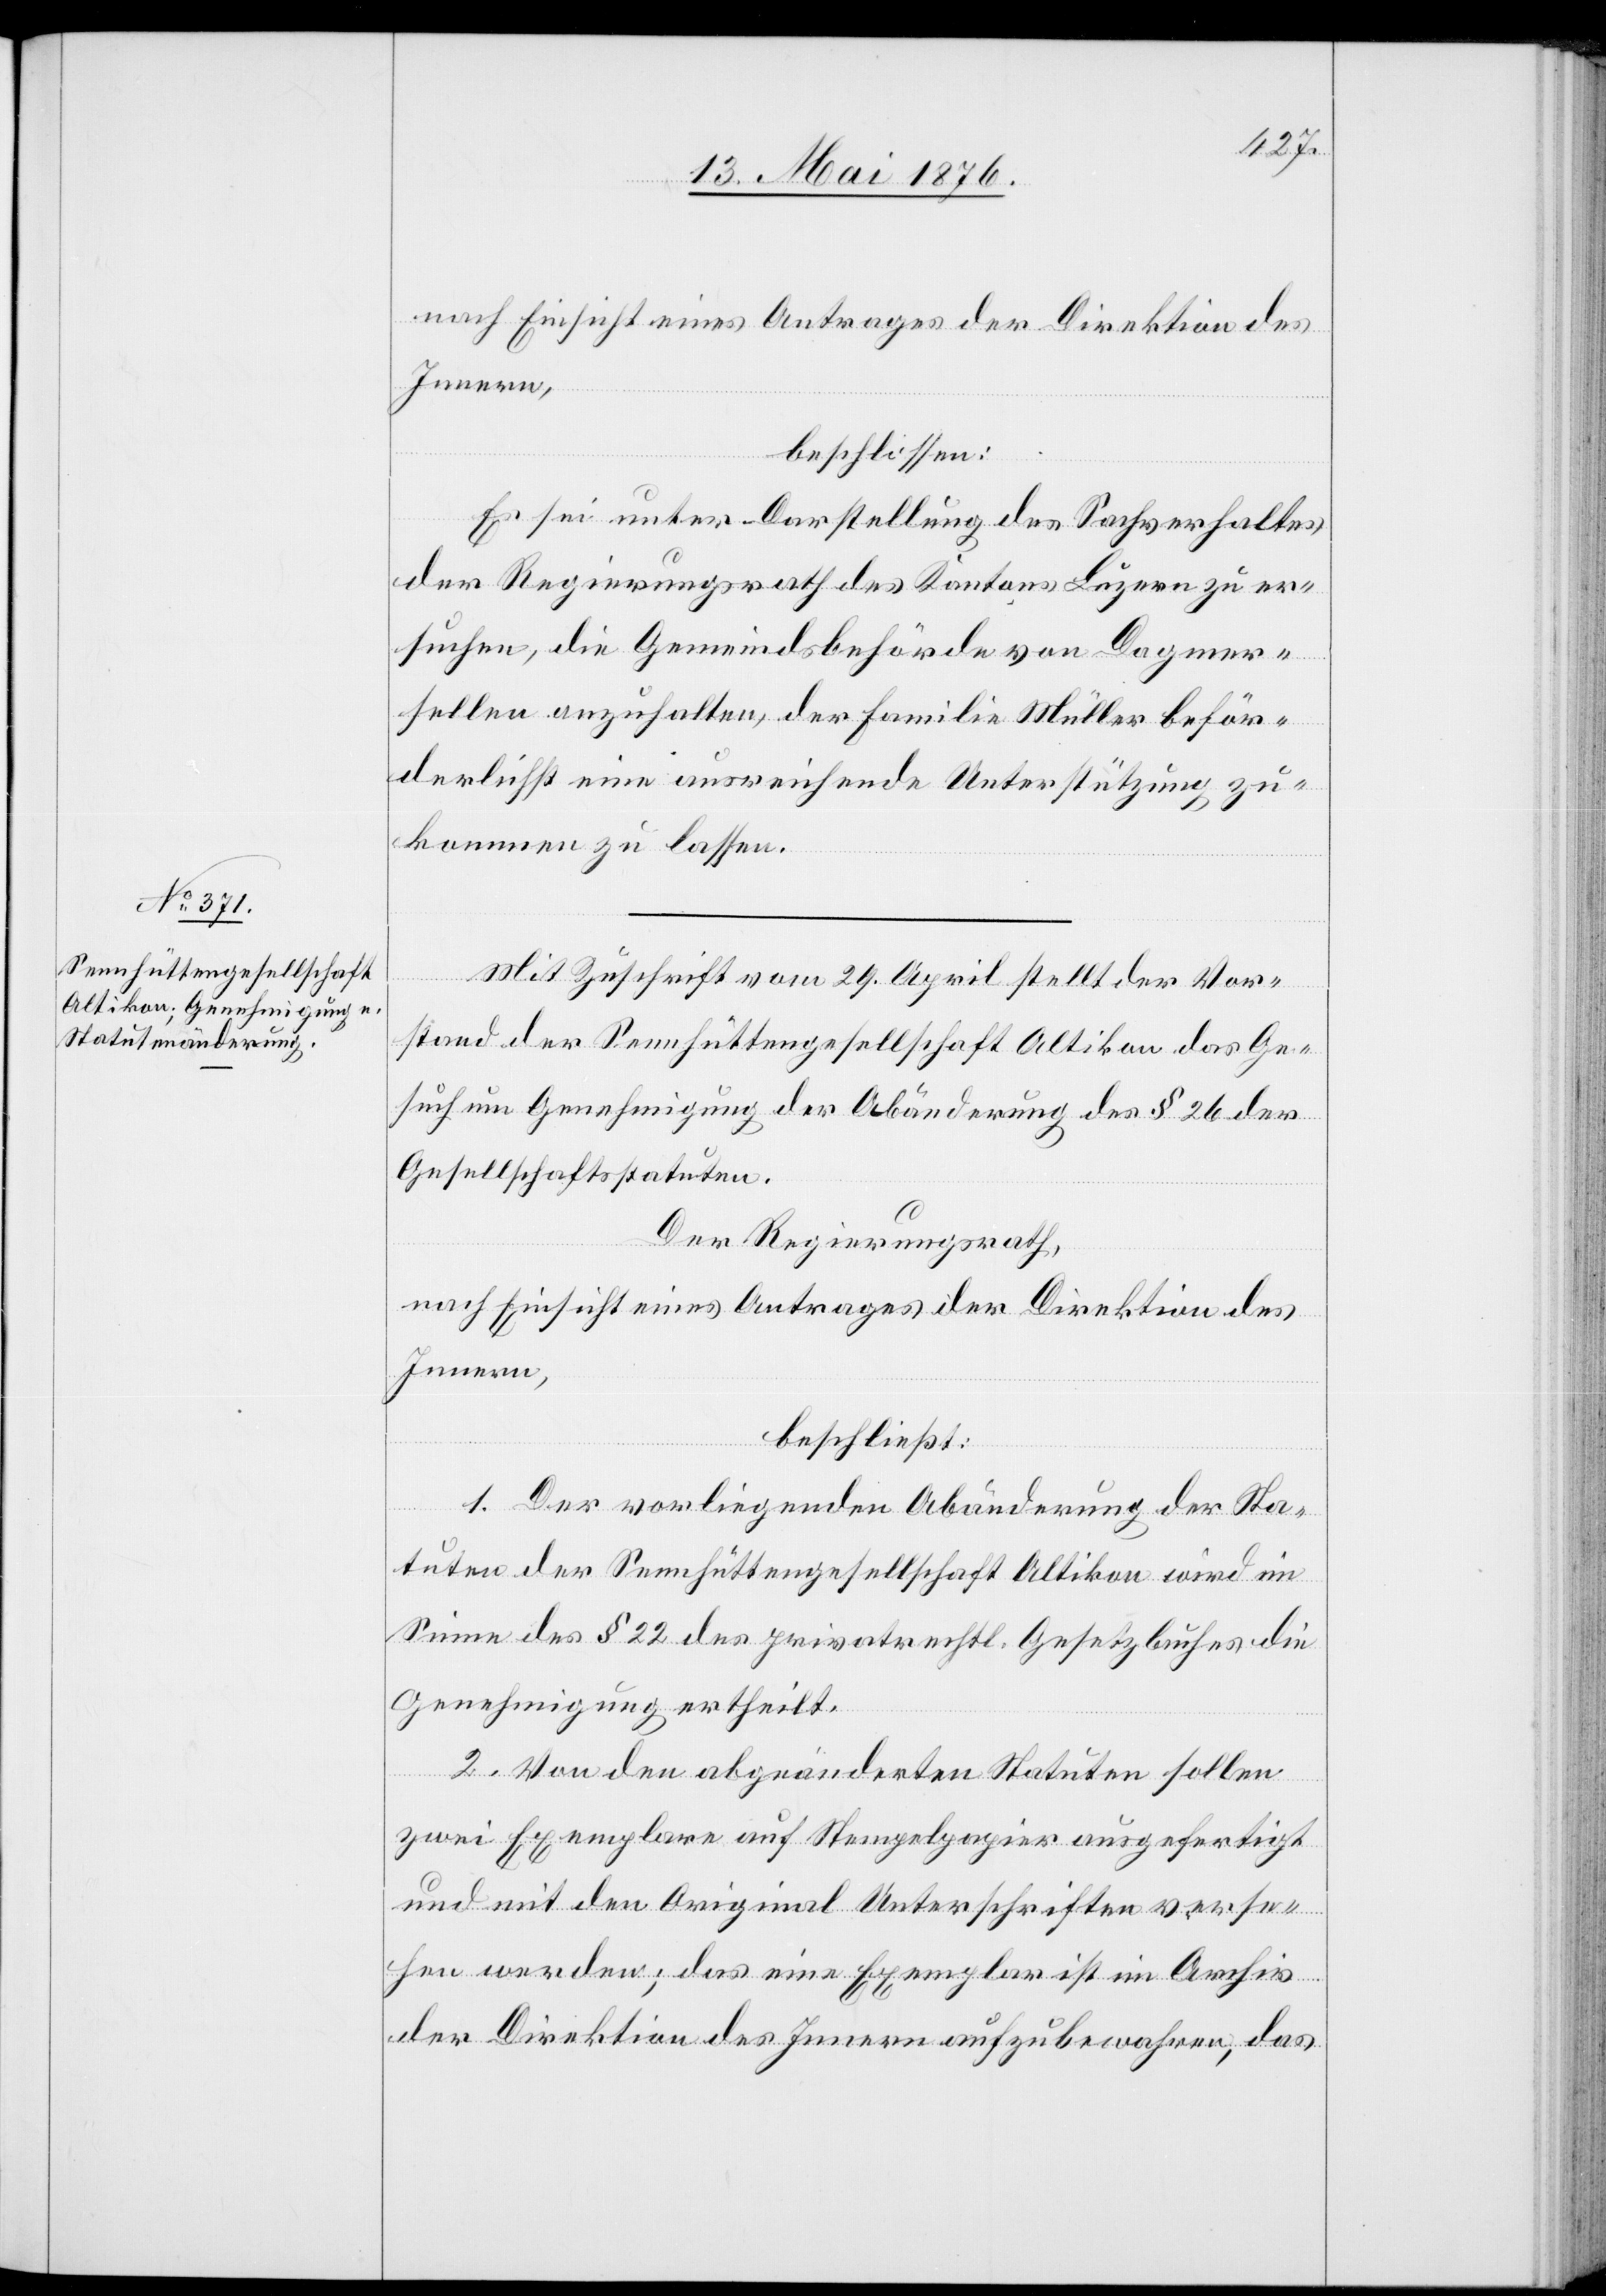
nach Einsicht eines Antrages der Direktion des
Innern,
beschlossen:
Es sei unter Darstellung des Sachverhaltes
der Regierungsrath des Kantons Luzern zu er¬
suchen, die Gemeindsbehörde von Dagmer¬
sellen anzuhalten, der Familie Müller beför¬
derlichst eine ausreichende Unterstützung zu¬
kommen zu lassen.
Mit Zuschrift vom 29. April stellt der Vor¬
stand der Sennhüttengesellschaft Altikon das Ge¬
such um Genehmigung der Abänderung des § 26 der
Gesellschaftsstatuten.
Der Regierungsrath,
nach Einsicht eines Antrages der Direktion des
Innern,
beschließt:
1. Der vorliegenden Abänderung der Sta¬
tuten der Sennhüttengesellschaft Altikon wird im
Sinne des § 22 des privatrechtl. Gesetzbuches die
Genehmigung ertheilt.
2. Von den abgeänderten Statuten sollen
zwei Exemplare auf Stempelpapier ausgefertigt
und mit den Original Unterschriften verse¬
hen werden; das eine Exemplar ist im Archiv
der Direktion des Innern aufzubewahren, das